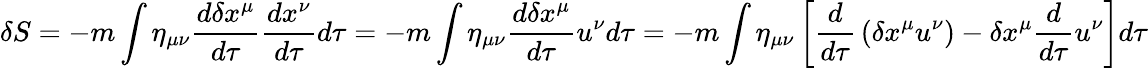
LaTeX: \delta S=-m\int\eta_{\mu\nu}{\frac{d\delta x^{\mu}}{d\tau}}{\frac{dx^{\nu}}{d\tau}}d\tau=-m\int\eta_{\mu\nu}{\frac{d\delta x^{\mu}}{d\tau}}u^{\nu}d\tau=-m\int\eta_{\mu\nu}\left\lbrack{\frac{d}{d\tau}}\left(\delta x^{\mu}u^{\nu}\right)-\delta x^{\mu}{\frac{d}{d\tau}}u^{\nu}\right\rbrack d\tau